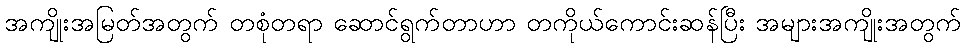
အကျိုးအမြတ်အတွက် တစုံတရာ ဆောင်ရွက်တာဟာ တကိုယ်ကောင်းဆန်ပြီး အများအကျိုးအတွက်